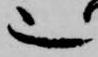
也